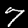
Label: 7